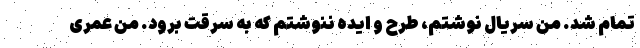
تمام شد. من سریال نوشتم، طرح و ایده ننوشتم که به سرقت برود. من عمری